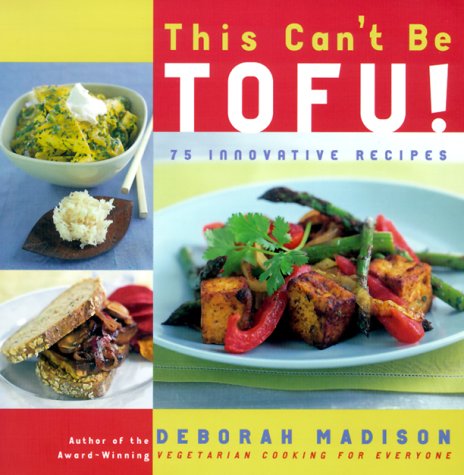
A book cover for This Can't Be Tofu!: 75 Recipes to Cook Something You Never Thought You Would--and Love Every Bite; Deborah Madison; Cookbooks, Food & Wine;